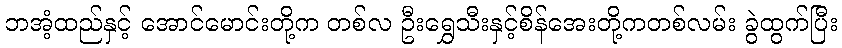
ဘအံ့ထည်နှင့် အောင်မောင်းတို့က တစ်လ ဦးရွှေသီးနှင့်စိန်အေးတို့ကတစ်လမ်း ခွဲထွက်ပြီး